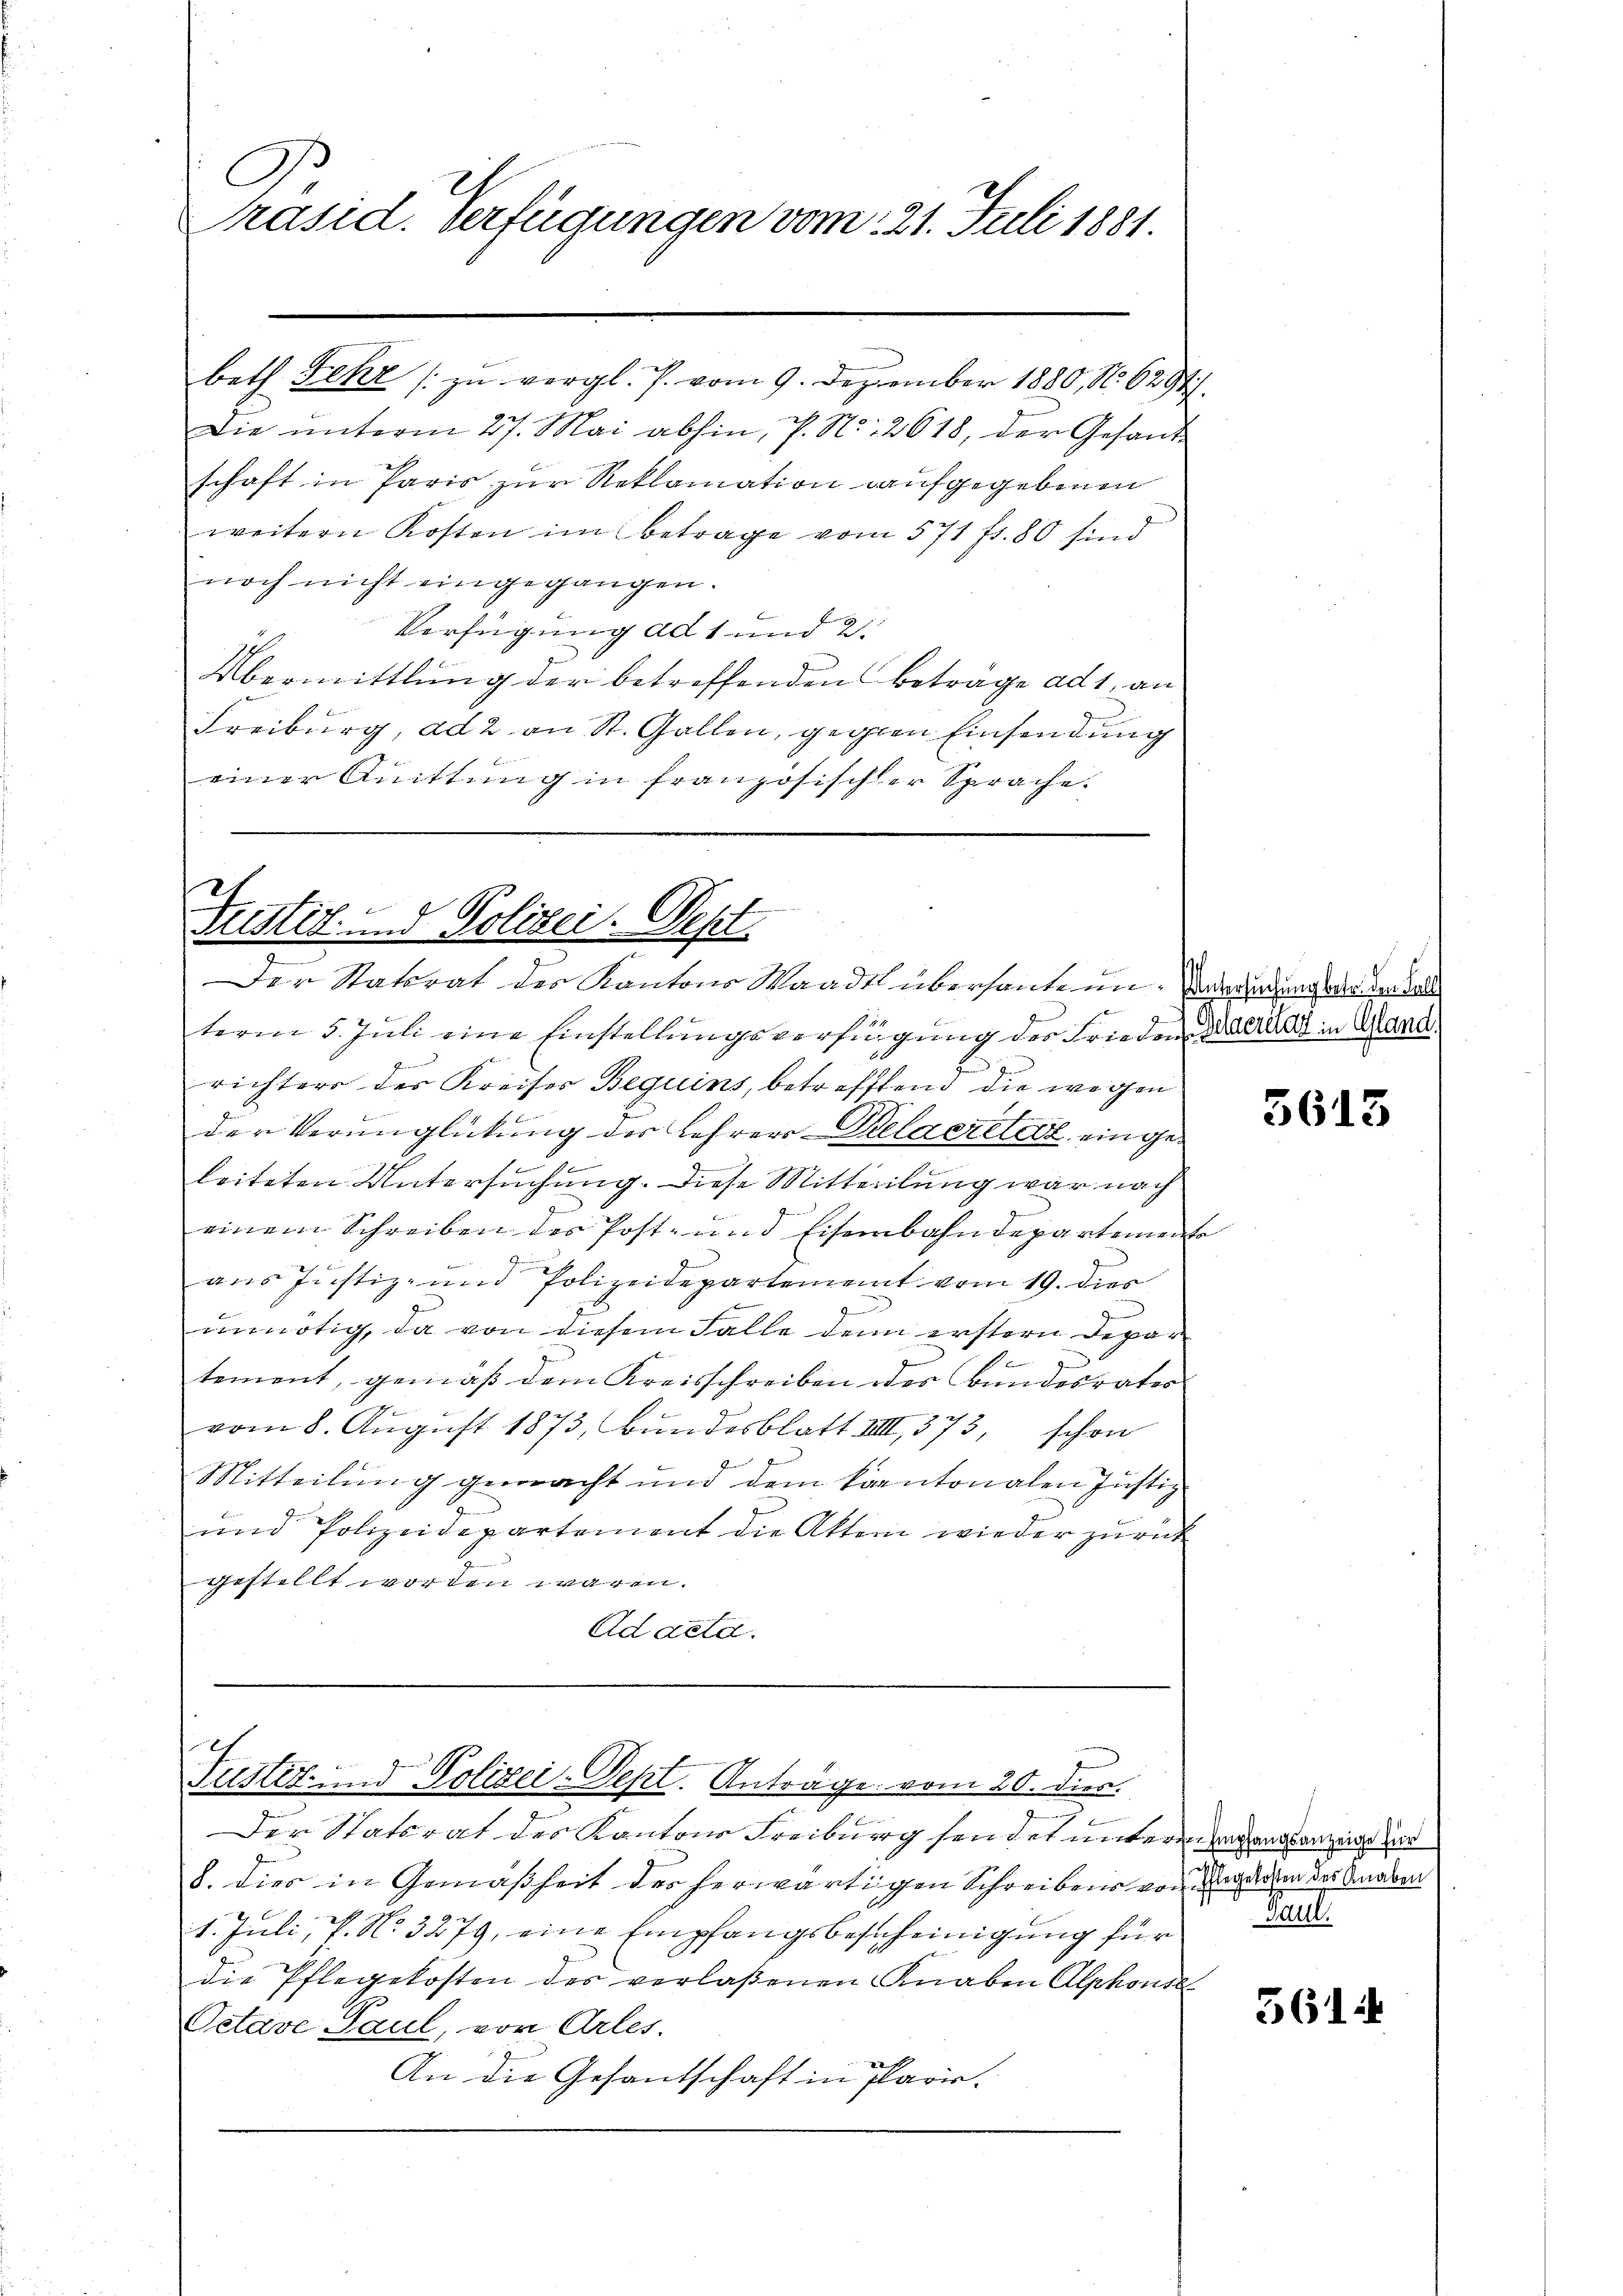
C
Präsid. Verfügungen vom 21. Juli 1881.

beth Fehr zu vergl. P. vom 9. Dezember 1880, No. 628.
Die unterm 27. Mai abhin, P. N. 2618, der Gesandschaft in Paris zur Reklamation aufgegebenen
weitern Kosten im Betrage vom 571 fr. 80 sind
noch nicht eingegangen.
Verfügung ad 1 und 2.
Übermittlung der betreffenden Beträge ad 1, an
Freiburg, ad 2 an St. Gallen, gegen Einsendung
einer Quittung in französischer Sprache.

C
Justiz- und Polizei. Sept
Der Statorat des Kantons Waadt übersantern. Andersetzung an der Fall

term 5. Juli eine Einstellungsverfügung der Frieden Berat in Mand
richters des Kreises Beguins, betreffend die wegen
der Verunglückung der Lehrer Gelderete, eingen
leiteten Untersuchung. Diese Mitteilung war nach
einem Schreiben der Post- und Eisenbahndepartemente
aus Justiz- und Polizeidepartement vom 19. dies

unnötig, da von diesem Falle denn erstern Depar
tement, gemäß dem Kreisschreiben des Bundesrates
vom 8. Aŭgŭst 1873, Bundesblatt III 373, schon
Mitteilung gemacht und dem kantonalen Justiz
und Polizeidepartement die Akten wieder zurück
gestellt worden wären.
Adaeld.

s
e
Fustiz- und Polizei-Sept. Anträge vom 20. dies.

a
Der Statsrat des Kantons Freiburg sendet untere ergangsanzeige zur
8. dies in Gemäßheit des herwärtigen Schreibens von den des Gnaden
1. Juli, P. No. 3279, eine Empfangsbescheinigung für
die Pflegekosten des verlaßenen Knaben Alphonse
Octave Paul, von Arles
An die Gesantschaft in Paris-

5613

u

561: